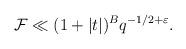
LaTeX: \begin{align*} \mathcal F & \ll (1+|t|)^B q^{-1/2+\varepsilon}. \end{align*}